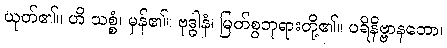
ယုတ်၏။ ဟိ သစ္စံ၊ မှန်၏။ ဗုဒ္ဓါနံ၊ မြတ်စွဘုရားတို့၏။ ပရိနိဗ္ဗာနတော၊